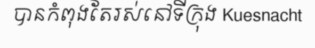
បានកំពុងតែរស់នៅទីក្រុង Kuesnacht